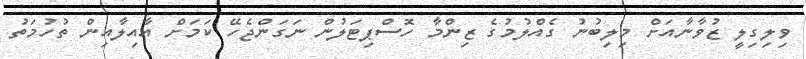
ވިލިގިލީ ޒުވާނާއަށް މިލިބުނު ގެއްލުމުގެ ޒިންމާ ހޮސްޕިޓަލުން ނަގަންޖެހޭ ކަމަށް އާއިލާއިން ތުހުމަތު